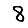
Digit: 8